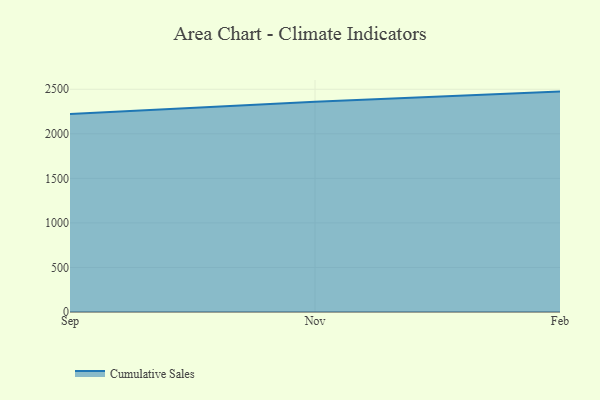
{"axis": {"x": "Month", "y": "Production Output"}, "legend": ["Cumulative Sales"], "data": [{"x": "Sep", "y": 2221.3, "type": "Cumulative Sales"}, {"x": "Nov", "y": 2360.9, "type": "Cumulative Sales"}, {"x": "Feb", "y": 2473.9, "type": "Cumulative Sales"}]}